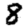
Digit: 8